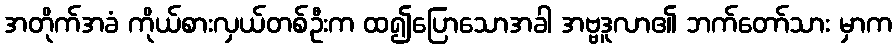
အတိုက်အခံ ကိုယ်စားလှယ်တစ်ဦးက ထ၍ပြောသောအခါ အဗ္ဗဒူလာ၏ ဘက်တော်သား မှာက